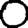
Digit: 0